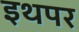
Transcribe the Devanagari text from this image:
इथपर